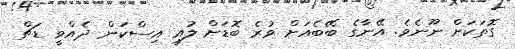
ގޮތަކަށް ނޫނެވެ. އޭނާގެ ބޭބެއަށް ވުރެ ބޮޑަށް ލުއީ އިސްކަން ދެއްވީ ޑަޗް